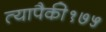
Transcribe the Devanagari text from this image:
त्यापैकी१७५